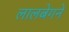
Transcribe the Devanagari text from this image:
लालबेगने